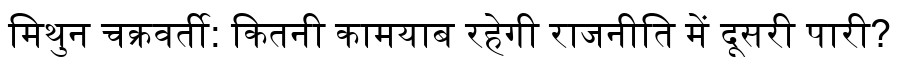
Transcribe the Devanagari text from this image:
मिथुन चक्रवर्ती: कितनी कामयाब रहेगी राजनीति में दूसरी पारी?